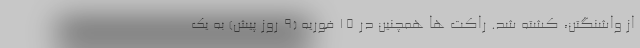
از واشنگتن، کشته شد. راکت ها همچنین در 15 فوریه (9 روز پیش) به یک